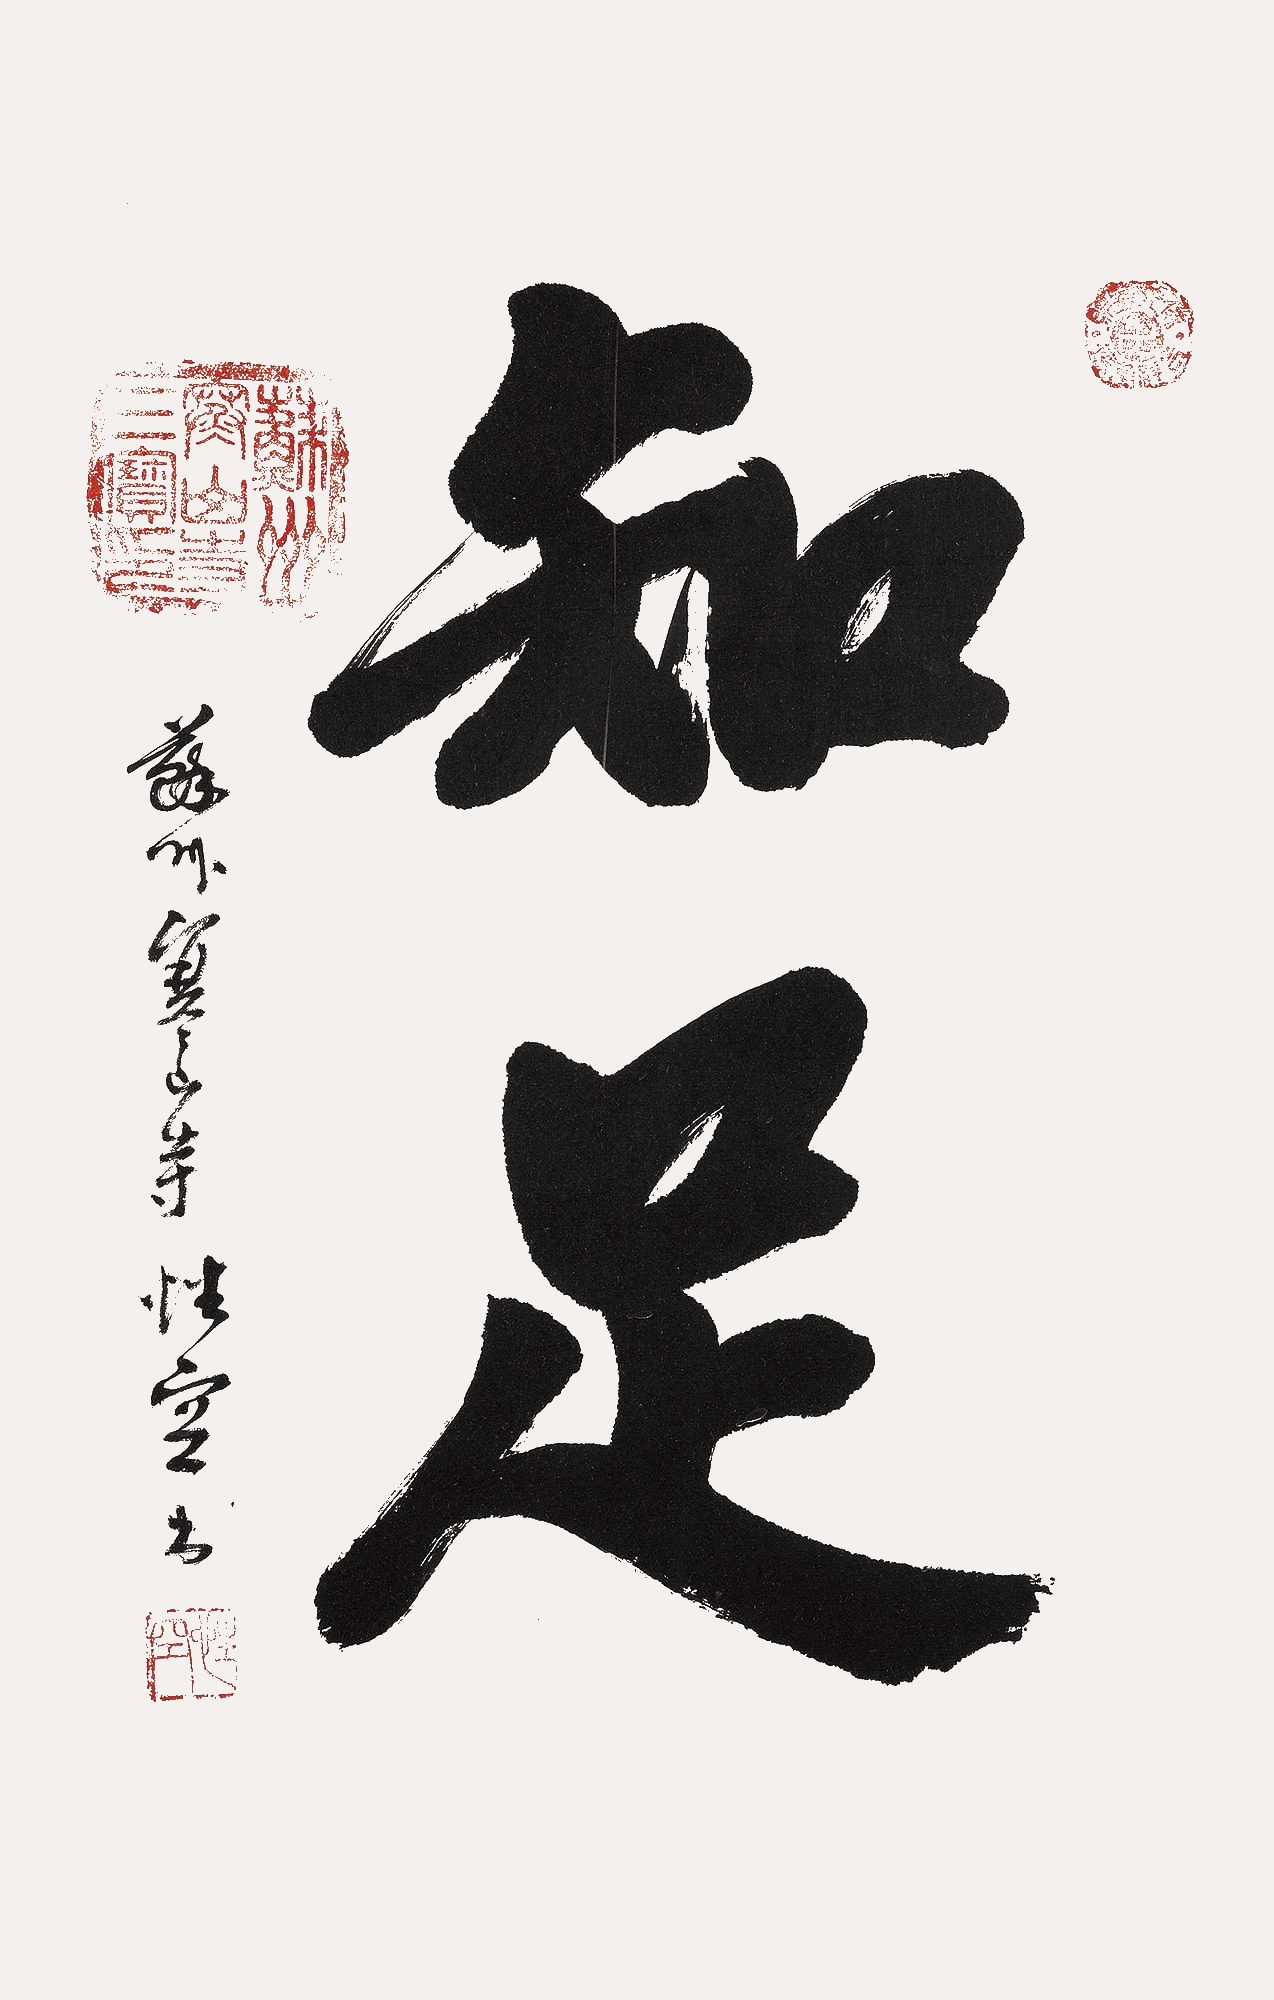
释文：知足。苏州寒山寺，性空书。